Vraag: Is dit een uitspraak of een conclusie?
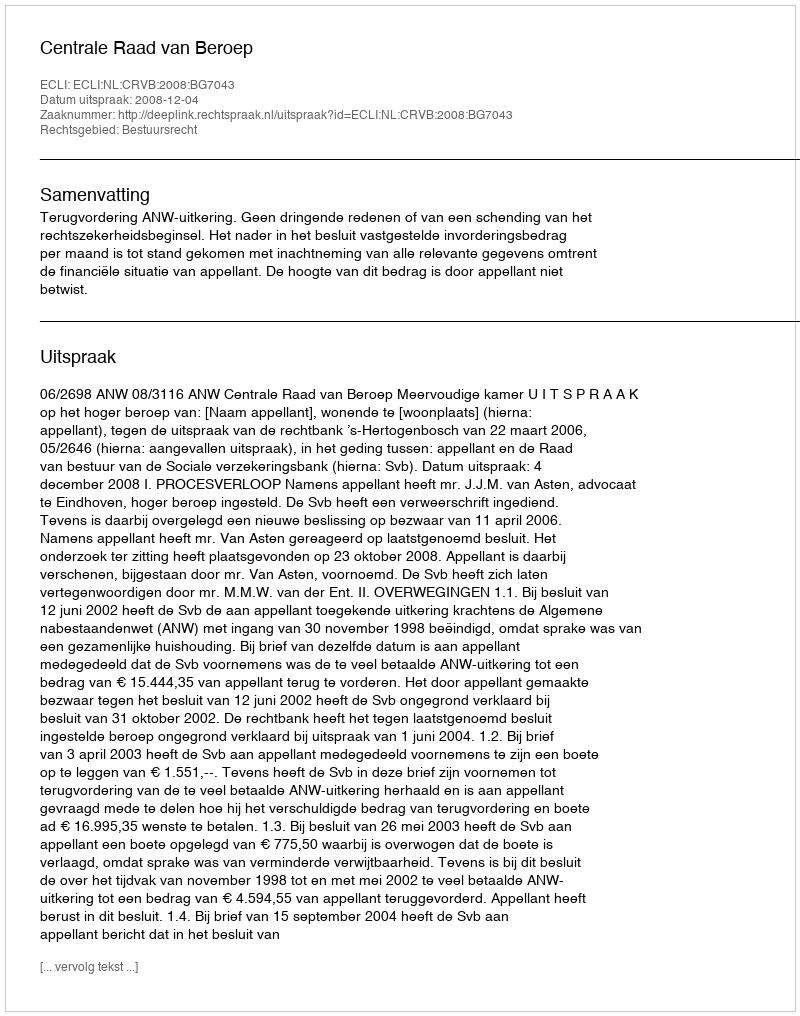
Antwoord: Uitspraak